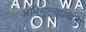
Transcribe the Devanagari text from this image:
अधिमुल्यांकित